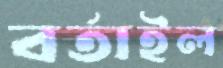
বর্তাইল